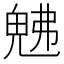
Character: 𭀯